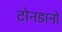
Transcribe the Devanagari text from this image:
टोनडानो